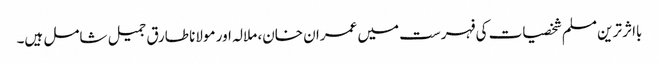
بااثر ترین مسلم شخصیات کی فہرست میں عمران خان، ملالہ اور مولانا طارق جمیل شامل ہیں۔